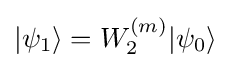
|\psi _{1}\rangle =W_{2}^{(m)}|\psi _{0}\rangle